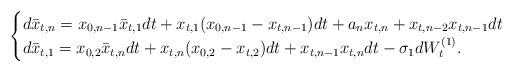
LaTeX: \begin{align*}\begin{cases}d\bar{x}_{t,n} = x_{0,n-1}\bar{x}_{t,1} dt + x_{t,1}(x_{0,n-1} - x_{t,n-1})dt + a_n x_{t,n} + x_{t,n-2}x_{t,n-1}dt \\ d\bar{x}_{t,1} = x_{0,2}\bar{x}_{t,n}dt + x_{t,n}(x_{0,2} - x_{t,2})dt + x_{t,n-1}x_{t,n}dt - \sigma_1 dW_t^{(1)}.\end{cases}\end{align*}